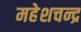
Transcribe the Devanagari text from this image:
महेशचन्द्र